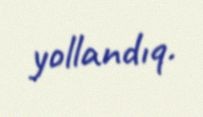
yollandıq.